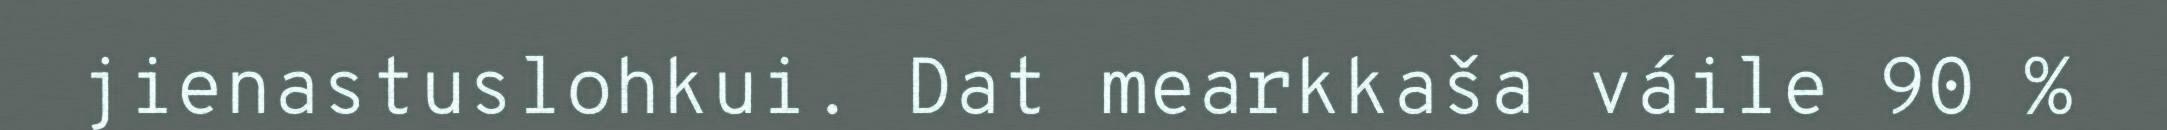
jienastuslohkui. Dat mearkkaša váile 90 %